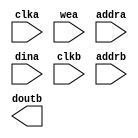
module line_buffer(
  clka,
  wea,
  addra,
  dina,
  clkb,
  addrb,
  doutb
);

input clka;
input [0 : 0] wea;
input [5 : 0] addra;
input [63 : 0] dina;
input clkb;
input [8 : 0] addrb;
output [7 : 0] doutb;

// synthesis translate_off

  BLK_MEM_GEN_V7_3 #(
    .C_ADDRA_WIDTH(6),
    .C_ADDRB_WIDTH(9),
    .C_ALGORITHM(1),
    .C_AXI_ID_WIDTH(4),
    .C_AXI_SLAVE_TYPE(0),
    .C_AXI_TYPE(1),
    .C_BYTE_SIZE(9),
    .C_COMMON_CLK(1),
    .C_DEFAULT_DATA("0"),
    .C_DISABLE_WARN_BHV_COLL(0),
    .C_DISABLE_WARN_BHV_RANGE(0),
    .C_ENABLE_32BIT_ADDRESS(0),
    .C_FAMILY("virtex7"),
    .C_HAS_AXI_ID(0),
    .C_HAS_ENA(0),
    .C_HAS_ENB(0),
    .C_HAS_INJECTERR(0),
    .C_HAS_MEM_OUTPUT_REGS_A(0),
    .C_HAS_MEM_OUTPUT_REGS_B(0),
    .C_HAS_MUX_OUTPUT_REGS_A(0),
    .C_HAS_MUX_OUTPUT_REGS_B(0),
    .C_HAS_REGCEA(0),
    .C_HAS_REGCEB(0),
    .C_HAS_RSTA(0),
    .C_HAS_RSTB(0),
    .C_HAS_SOFTECC_INPUT_REGS_A(0),
    .C_HAS_SOFTECC_OUTPUT_REGS_B(0),
    .C_INIT_FILE("BlankString"),
    .C_INIT_FILE_NAME("no_coe_file_loaded"),
    .C_INITA_VAL("0"),
    .C_INITB_VAL("0"),
    .C_INTERFACE_TYPE(0),
    .C_LOAD_INIT_FILE(0),
    .C_MEM_TYPE(1),
    .C_MUX_PIPELINE_STAGES(0),
    .C_PRIM_TYPE(1),
    .C_READ_DEPTH_A(64),
    .C_READ_DEPTH_B(512),
    .C_READ_WIDTH_A(64),
    .C_READ_WIDTH_B(8),
    .C_RST_PRIORITY_A("CE"),
    .C_RST_PRIORITY_B("CE"),
    .C_RST_TYPE("SYNC"),
    .C_RSTRAM_A(0),
    .C_RSTRAM_B(0),
    .C_SIM_COLLISION_CHECK("ALL"),
    .C_USE_BRAM_BLOCK(0),
    .C_USE_BYTE_WEA(0),
    .C_USE_BYTE_WEB(0),
    .C_USE_DEFAULT_DATA(0),
    .C_USE_ECC(0),
    .C_USE_SOFTECC(0),
    .C_WEA_WIDTH(1),
    .C_WEB_WIDTH(1),
    .C_WRITE_DEPTH_A(64),
    .C_WRITE_DEPTH_B(512),
    .C_WRITE_MODE_A("READ_FIRST"),
    .C_WRITE_MODE_B("READ_FIRST"),
    .C_WRITE_WIDTH_A(64),
    .C_WRITE_WIDTH_B(8),
    .C_XDEVICEFAMILY("virtex7")
  )
  inst (
    .CLKA(clka),
    .WEA(wea),
    .ADDRA(addra),
    .DINA(dina),
    .CLKB(clkb),
    .ADDRB(addrb),
    .DOUTB(doutb),
    .RSTA(),
    .ENA(),
    .REGCEA(),
    .DOUTA(),
    .RSTB(),
    .ENB(),
    .REGCEB(),
    .WEB(),
    .DINB(),
    .INJECTSBITERR(),
    .INJECTDBITERR(),
    .SBITERR(),
    .DBITERR(),
    .RDADDRECC(),
    .S_ACLK(),
    .S_ARESETN(),
    .S_AXI_AWID(),
    .S_AXI_AWADDR(),
    .S_AXI_AWLEN(),
    .S_AXI_AWSIZE(),
    .S_AXI_AWBURST(),
    .S_AXI_AWVALID(),
    .S_AXI_AWREADY(),
    .S_AXI_WDATA(),
    .S_AXI_WSTRB(),
    .S_AXI_WLAST(),
    .S_AXI_WVALID(),
    .S_AXI_WREADY(),
    .S_AXI_BID(),
    .S_AXI_BRESP(),
    .S_AXI_BVALID(),
    .S_AXI_BREADY(),
    .S_AXI_ARID(),
    .S_AXI_ARADDR(),
    .S_AXI_ARLEN(),
    .S_AXI_ARSIZE(),
    .S_AXI_ARBURST(),
    .S_AXI_ARVALID(),
    .S_AXI_ARREADY(),
    .S_AXI_RID(),
    .S_AXI_RDATA(),
    .S_AXI_RRESP(),
    .S_AXI_RLAST(),
    .S_AXI_RVALID(),
    .S_AXI_RREADY(),
    .S_AXI_INJECTSBITERR(),
    .S_AXI_INJECTDBITERR(),
    .S_AXI_SBITERR(),
    .S_AXI_DBITERR(),
    .S_AXI_RDADDRECC()
  );

// synthesis translate_on

endmodule